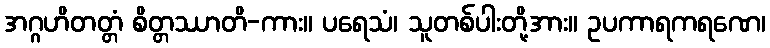
အဂ္ဂဟိတတ္တံ စိတ္တဿာတိ-ကား။ ပရေသံ၊ သူတစ်ပါးတို့အား။ ဥပကာရကရဏေ၊